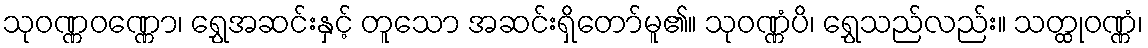
သုဝဏ္ဏဝဏ္ဏော၊ ရွှေအဆင်းနှင့် တူသော အဆင်းရှိတော်မူ၏။ သုဝဏ္ဏံပိ၊ ရွှေသည်လည်း။ သတ္ထုဝဏ္ဏံ၊